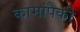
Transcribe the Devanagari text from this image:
कामांपैकी